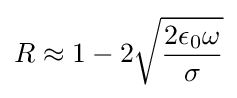
R\approx 1-2{\sqrt {\frac {2\epsilon _{0}\omega }{\sigma }}}